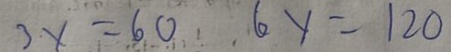
3 \times 6 = 6 0 , 6 y = 1 2 0